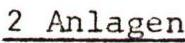
2 Anlagen